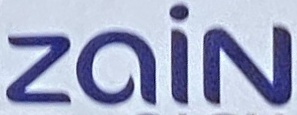
zain